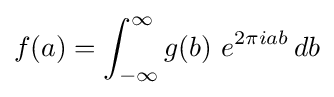
f(a)=\int _{-\infty }^{\infty }g(b)\ e^{2\pi iab}\,db